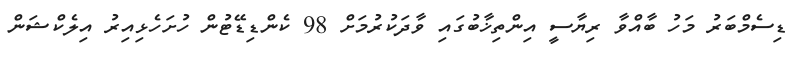
ޑިސެމްބަރު މަހު ބާއްވާ ރިޔާސީ އިންތިޚާބުގައި ވާދަކުރުމަށް 98 ކެންޑިޑޭޓުން ހުށަހެޅިއިރު އިލެކްޝަން